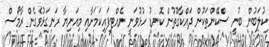
ކުލަބުން ބުނީ ސްކޭންތަކުން ދައްކާގޮތުން ކޮނޑު ހުޅުވަނީ ނެއްޓިފައިކަމަށާއި މިއަނިޔާ ރަނގަޅުވެގެން ރާމޯސް